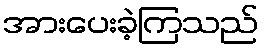
အားပေးခဲ့ကြသည်